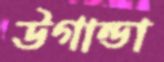
উগান্ডা